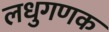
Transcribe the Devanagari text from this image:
लधुगणक